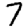
Digit: 7